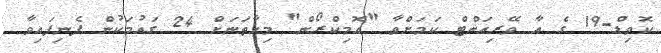
ކޮވިޑް-19 ގެ އާ ވޭރިއަންޓް ކަމަށްވާ "އޮމިކްރޯން" މިހާތަނަށް 24 ގައުމަކުން ފެނިފައިވާ